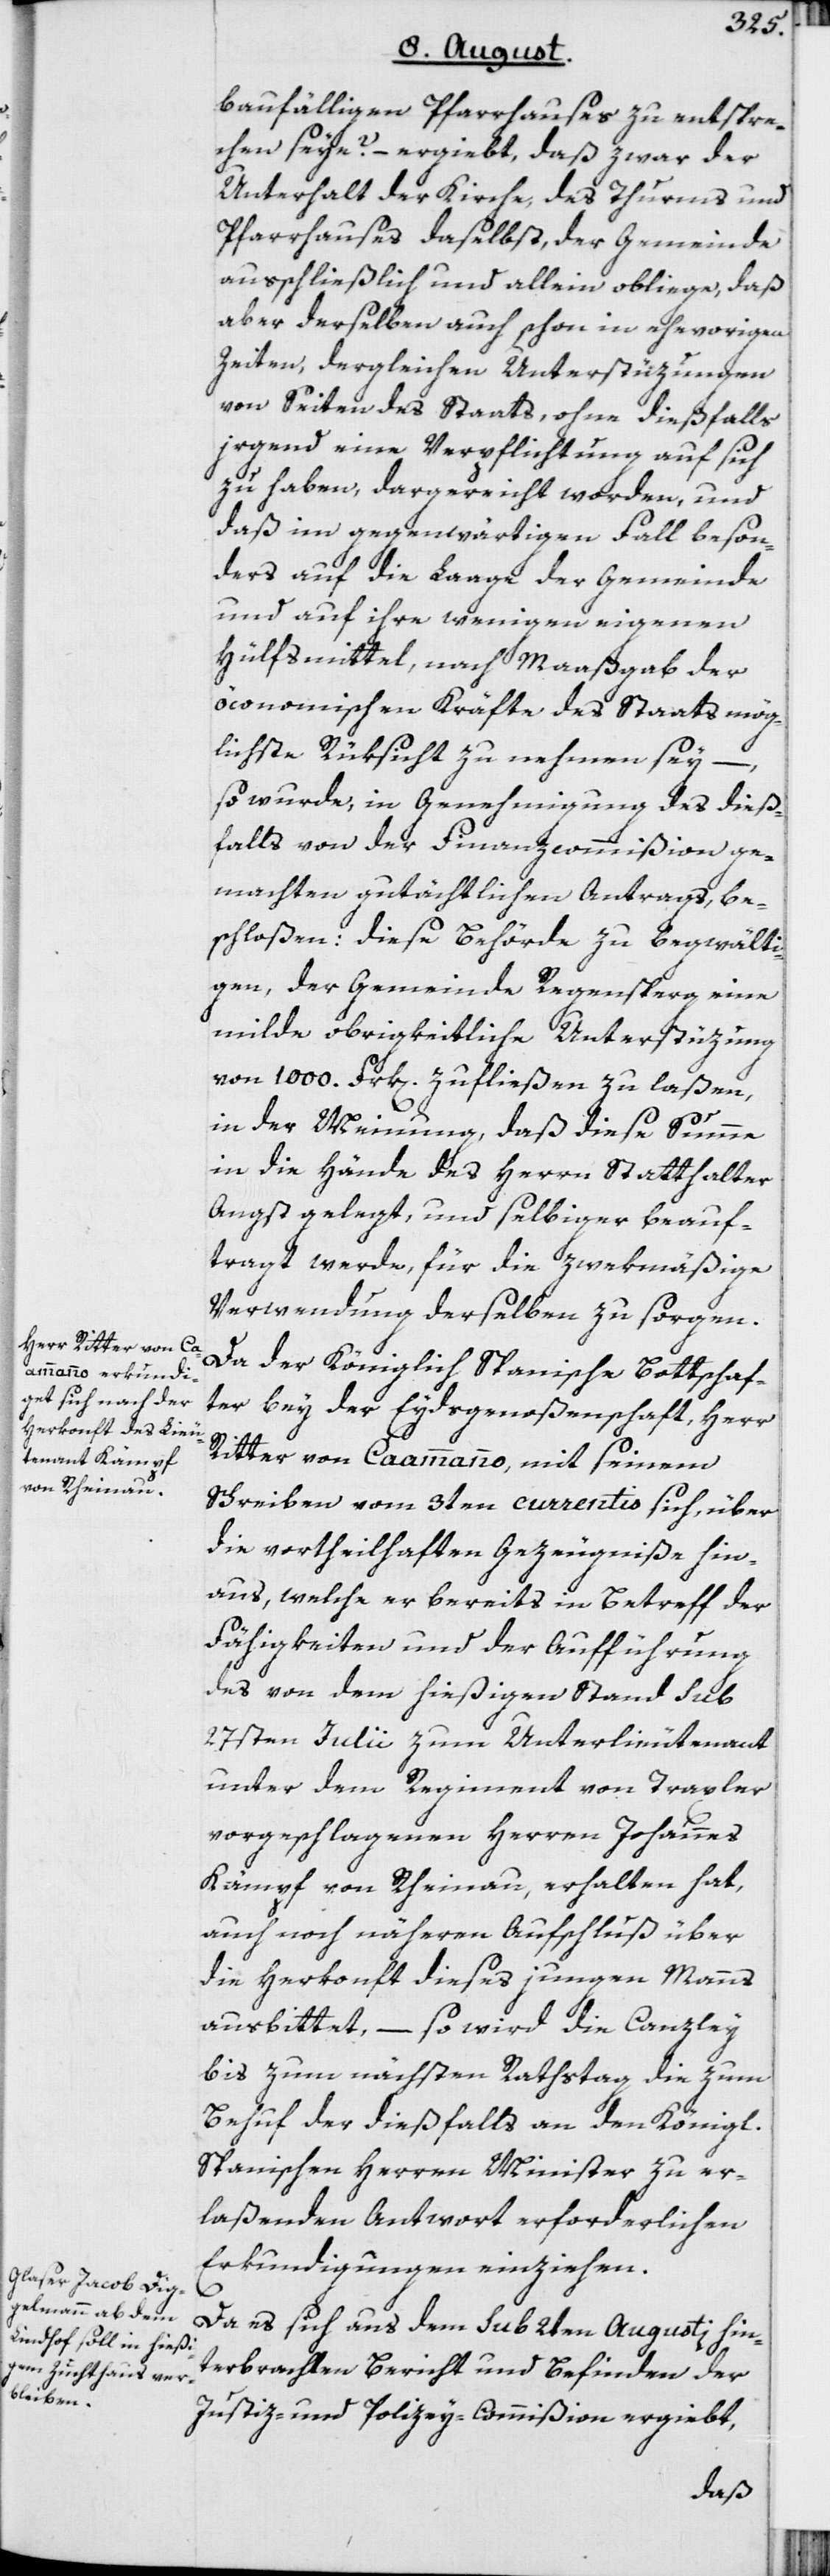
baufälligen Pfarrhauses zu entspre¬
chen seye? – ergiebt, daß zwar der
Unterhalt der Kirche, des Thurms und
Pfarrhauses daselbst, der Gemeinde
ausschließlich und allein obliege, daß
aber derselben auch schon in ehevorigen
Zeiten, dergleichen Unterstüzungen
von Seiten des Staats, ohne dießfalls
irgend eine Verpflichtung auf sich
zu haben, dargereicht worden, und
daß im gegenwärtigen Fall beson¬
ders auf die Laage der Gemeinde
und auf ihre wenigen eigenen
Hülfsmittel, nach Maaßgab der
öconomischen Kräfte des Staats mög¬
lichste Rüksicht zu nehmen sey –,
so wurde, in Genehmigung des dieß¬
falls von der Finanzcommißion ge¬
machten gutächtlichen Antrags, be¬
schloßen: diese Behörde zu begwälti¬
gen, der Gemeinde Regensperg eine
milde obrigkeitiche Unterstüzung
von 1000. Frk[en]. zufließen zu laßen,
in der Meinung, daß diese Summe
in die Hände des Herrn Statthalter
Angst gelegt, und selbiger beauf¬
tragt werde, für die zwekmäßige
Verwendung derselben zu sorgen.
Da der Königlich Spanische Bottschaf¬
ter bey der Eydsgenoßenschaft, Herr
Ritter von Caammanno, mit seinem
Schreiben vom 3ten currentis sich, über
die vortheilhaften Gezeugniße hin¬
aus, welche er bereits in Betreff der
Fähigkeiten und der Aufführung
des von dem hießigen Stand sub
27sten Julii zum Unterleutenant
unter dem Regiment von Traxler
vorgeschlagenen Herren Johannes
Kämpf von Rheinau, erhalten hat,
auch noch näheren Aufschluß über
die Herkonft dieses jungen Manns
ausbittet, – so wird die Canzley
bis zum nächsten Rathstag die zum
Behuf der dießfalls an den Königl.
Spanischen Herren Minister zu er¬
laßenden Antwort erforderlichen
Erkundigungen einziehen.
Da es sich aus dem sub 2ten Augusti hin¬
terbrachten Bericht und Befinden der
Justiz- und Polizey-Commißion ergiebt,